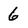
Character: 6